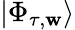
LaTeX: |\Phi_{\tau,\mathbf{w}}\rangle